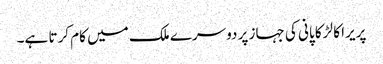
پریرا کا لڑکا پانی کی جہاز پر دوسرے ملک میں کام کرتا ہے۔